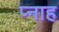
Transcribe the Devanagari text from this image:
प्नाह